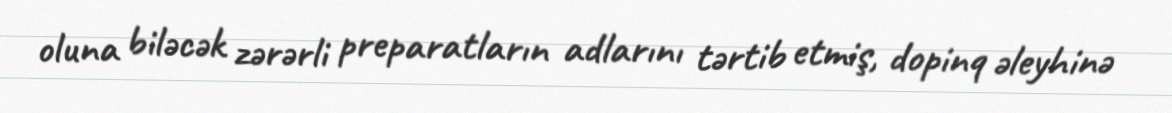
oluna biləcək zərərli preparatların adlarını tərtib etmiş, dopinq əleyhinə